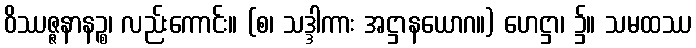
ဝိဿဇ္ဇနာနဉ္စ၊ လည်းကောင်း။ (စ၊ သဒ္ဒါကား အဋ္ဌာနယောဂ။) ဟေဋ္ဌာ၊ ၌။ သမထဿ